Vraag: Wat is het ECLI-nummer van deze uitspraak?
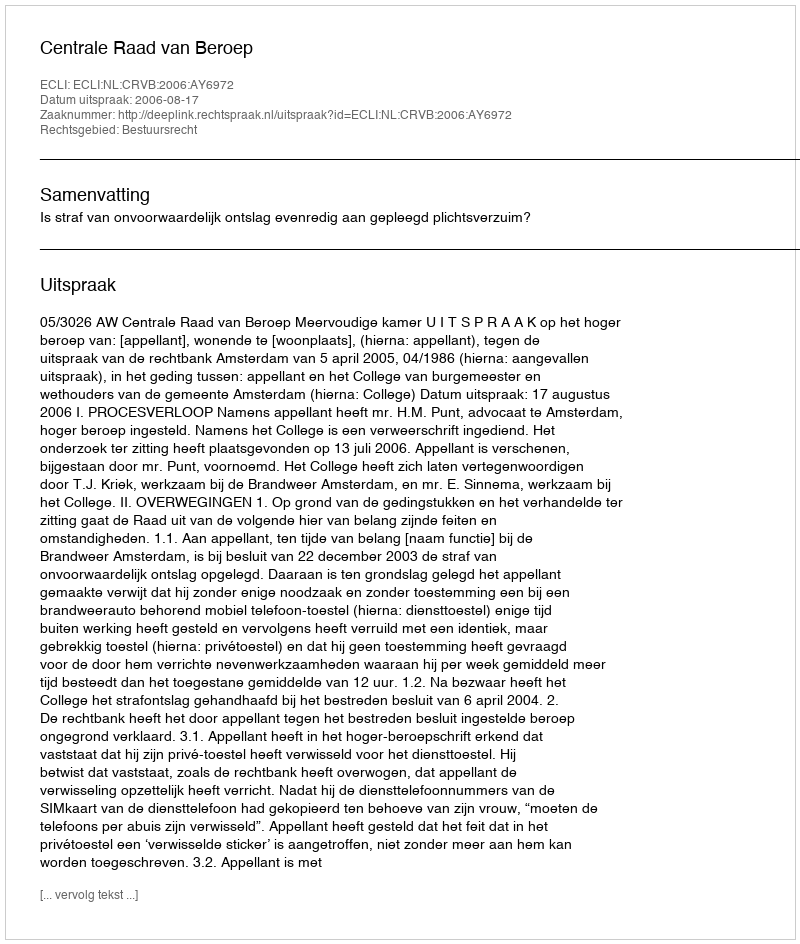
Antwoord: ECLI:NL:CRVB:2006:AY6972